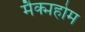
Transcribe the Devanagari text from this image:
मैक्महोम